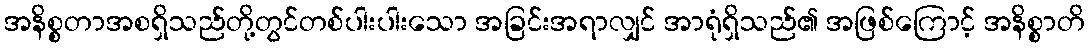
အနိစ္စတာအစရှိသည်တို့တွင်တစ်ပါးပါးသော အခြင်းအရာလျှင် အာရုံရှိသည်၏ အဖြစ်ကြောင့် အနိစ္စာတိ